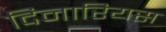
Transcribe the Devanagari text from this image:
दिनारियस